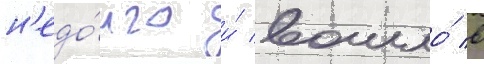
н'едо́лго и́ вошло́ в